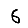
Digit: 6